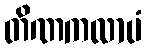
တိဏကလာပံ